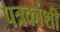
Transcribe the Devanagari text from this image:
पत्रकांशी